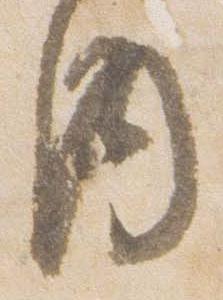
内